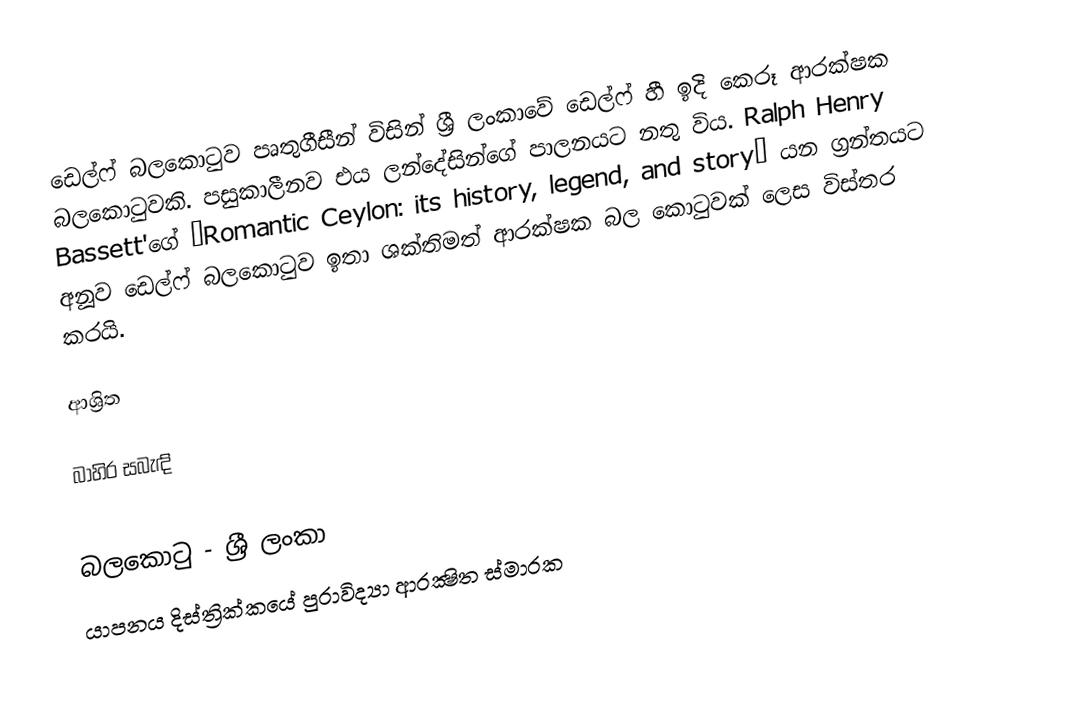
ඩෙල්ෆ් බලකොටුව පෘතුගීසීන් විසින් ශ්‍රී ලංකාවේ ඩෙල්ෆ් හී ඉදි කෙරූ ආරක්ෂක බලකොටුවකි. පසුකාලීනව එය ලන්දේසින්ගේ පාලනයට නතු විය. Ralph Henry Bassett'ගේ “Romantic Ceylon: its history, legend, and story” යන ග්‍රන්තයට අනූව ඩෙල්ෆ් බලකොටුව ඉතා ශක්තිමත් ආරක්ෂක බල කොටුවක් ලෙස විස්තර කරයි.

ආශ්‍රිත

බාහිර සබැඳි

බලකොටු - ශ්‍රී ලංකා
යාපනය දිස්ත්‍රික්කයේ පුරාවිද්‍යා ආරක්‍ෂිත ස්මාරක